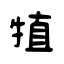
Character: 犆